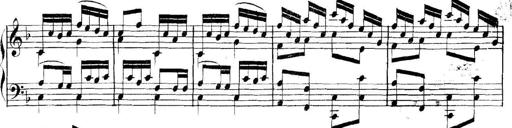
Title: Collected Piano Sonatas
Composer: Muzio Clementi